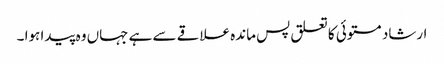
ارشاد مستوئی کا تعلق پس ماندہ علاقے سے ہے جہاں وہ پیدا ہوا ۔